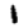
Digit: 1